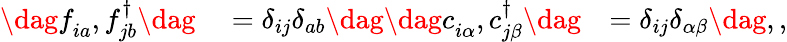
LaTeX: \begin{array}{rlr}{\dag{f_{ia}^{\phantom{\dagger}},f_{jb}^{\dagger}\dag}}&{{}=\delta_{ij}\delta_{ab}\dag\dag{c_{i\alpha}^{\phantom{\dagger}},c_{j\beta}^{\dagger}\dag}}&{=\delta_{ij}\delta_{\alpha\beta}\dag,,}\end{array}